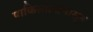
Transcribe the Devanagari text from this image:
पाकिस्तानापासून